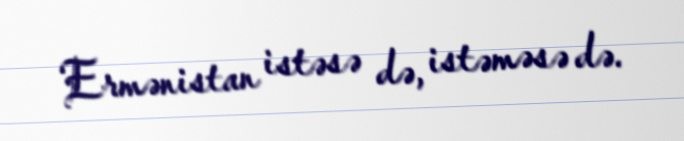
Ermənistan istəsə də, istəməsə də.